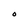
Character: O